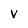
Character: V